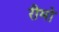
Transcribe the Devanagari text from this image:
रीमो